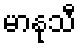
မာနုသီ